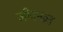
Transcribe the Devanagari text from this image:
जीवनव्रत